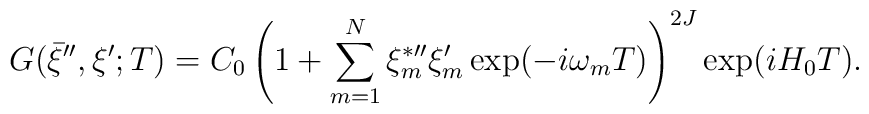
G(\bar\xi^{\prime\prime},\xi^\prime;T)=C_0\left( 1+\sum_{m=1}^N\xi^{\ast\prime\prime}_m\xi^{\prime}_m\exp(-i\omega_mT)\right)^{2J}\exp(iH_0T).